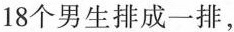
18个男生排成一排，